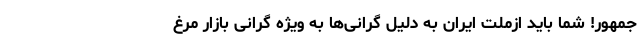
جمهور! شما باید ازملت ایران به دلیل گرانی‌ها به ویژه گرانی بازار مرغ